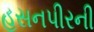
હસનપીરની